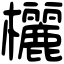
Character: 欐